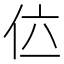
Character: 𠇸